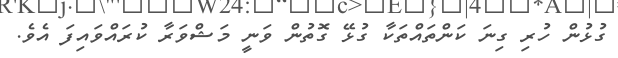
ގުޅުން ހުރި ގިނަ ކަންތައްތަކާ ގުޅޭ ގޮތުން ވަނީ މަޝްވަރާ ކުރައްވައިފަ އެވެ.